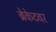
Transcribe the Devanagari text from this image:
ब्रेकेटवर